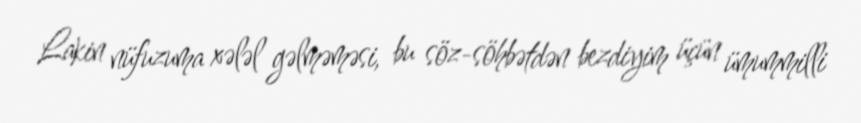
Lakin nüfuzuma xələl gəlməməsi, bu söz-söhbətdən bezdiyim üçün ümummilli